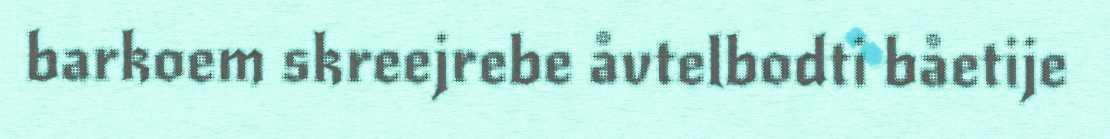
barkoem skreejrebe åvtelbodti båetije